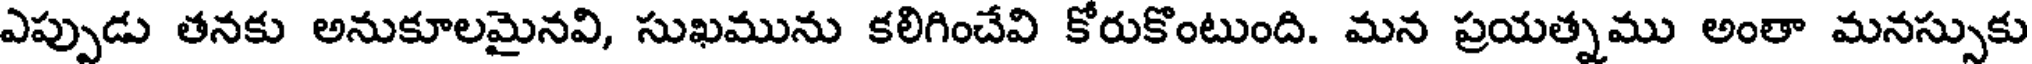
ఎప్పుడు తనకు అనుకూలమైనవి, సుఖమును కలిగించేవి కోరుకొంటుంది. మన ప్రయత్నము అంతా మనస్సుకు